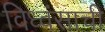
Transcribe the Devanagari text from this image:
विध्वंसाची